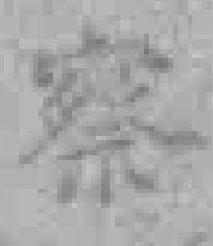
察